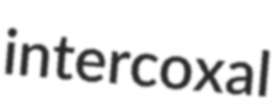
intercoxal